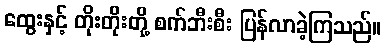
ထွေးနှင့် တိုးတိုးတို့ စက်ဘီးစီး ပြန်လာခဲ့ကြသည်။